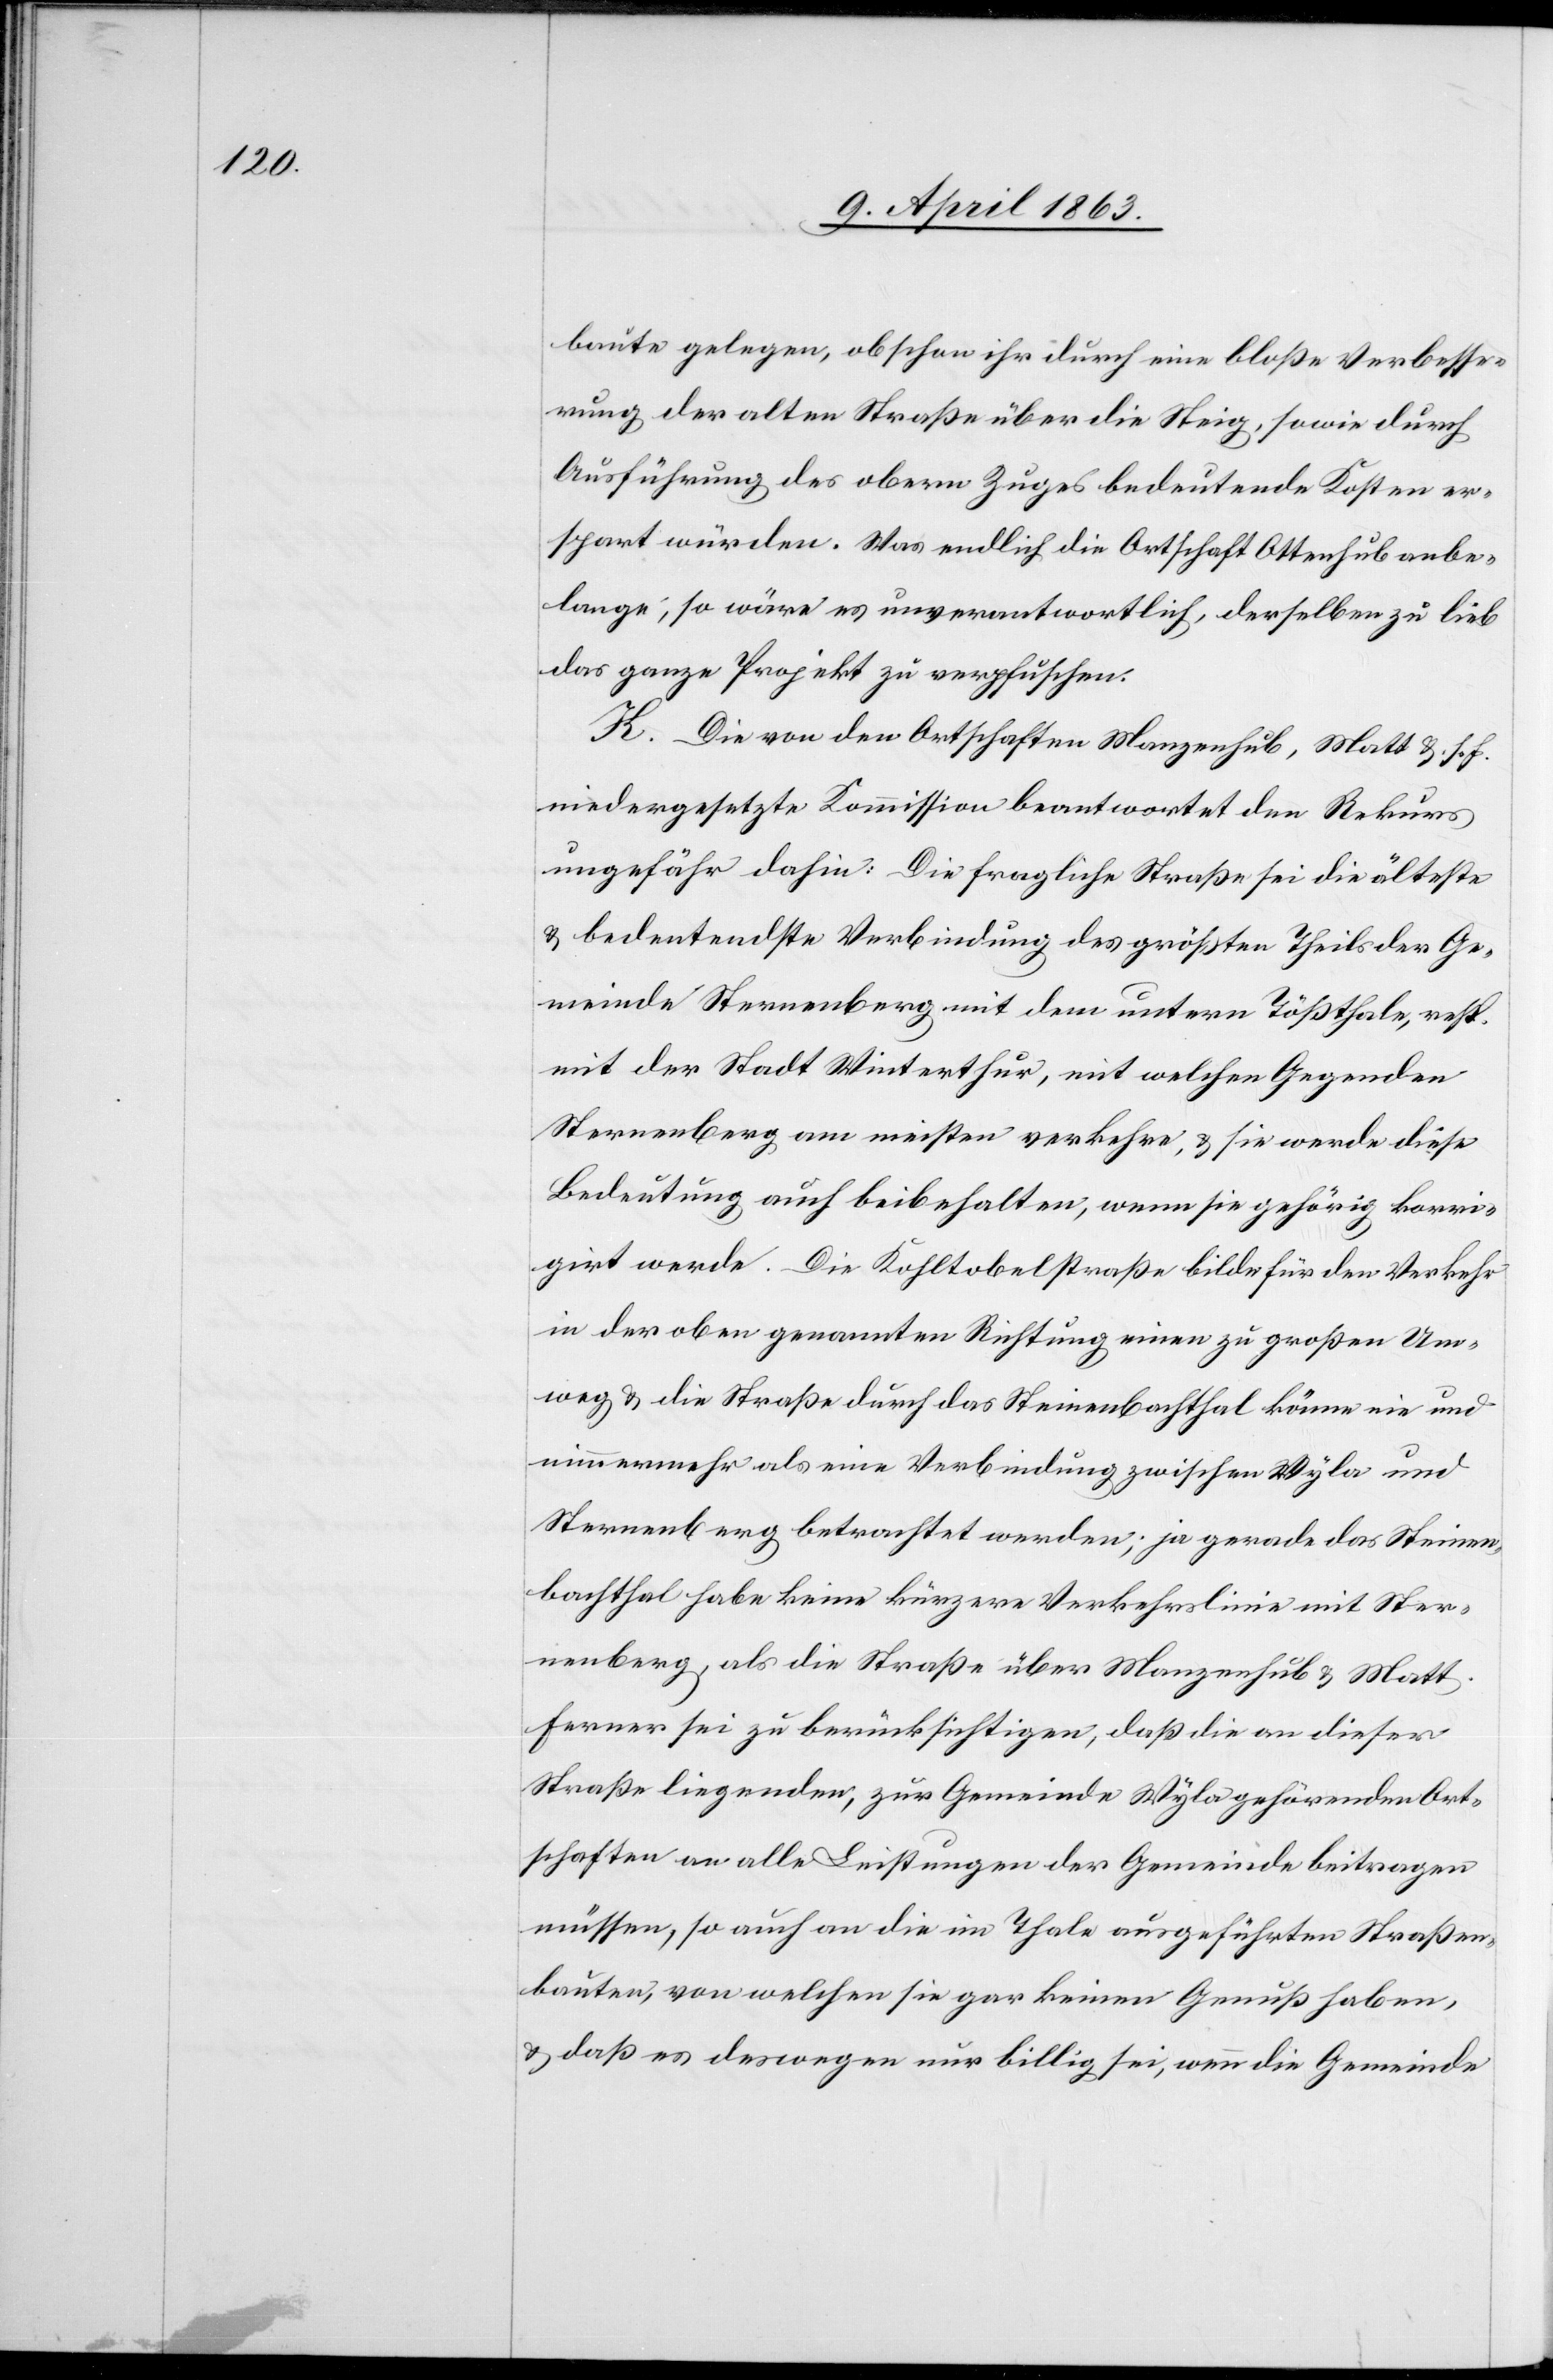
baute gelegen, obschon ihr durch eine bloße Verbesse¬
rung der alten Straße über die Steig, sowie durch
Ausführung des obern Zuges bedeutende Kosten er¬
spart würden. Was endlich die Ortschaft Ottenhub anbe¬
lange, so wäre es unverantwortlich, derselben zu lieb
das ganze Projekt zu verpfuschen.
K. Die von den Ortschaften Manzenhub, Matt &. s. f.
niedergesetzte Kommission beantwortet den Rekurs
ungefähr dahin: Die fragliche Straße sei die älteste
& bedeutendste Verbindung des größten Thiels der Ge¬
meinde Sternenberg mit dem untern Tößthale, resp.
mit der Stadt Winterthur, mit welchen Gegenden
Sternenberg am meisten verkehre, & sie werde diese
Bedeutung auch beibehalten, wenn sie gehörig korri¬
girt werde. Die Kohltobelstraße bilde für den Verkehr
in der oben genannten Richtung einen zu großen Um¬
weg & die Straße durch das Steinenbachthal könne nie und
nimmermehr als eine Verbindung zwischen Wyla und
Sternenberg betrachtet werden; ja gerade das Steinen¬
bachthal habe keine kürzere Verkehrslinie mit Ster¬
nenberg, als die Straße über Manzenhub & Matt.
Ferner sei zu berücksichtigen, daß die an dieser
Straße liegenden, zur Gemeinde Wyla gehörenden Ort¬
schaften an alle Leistungen der Gemeinde beitragen
müssen, so auch an die im Thale ausgeführten Straßen¬
bauten, von welchen sie gar keinen Genuß haben,
& daß es deswegen nur billig sei, wenn die Gemeinde